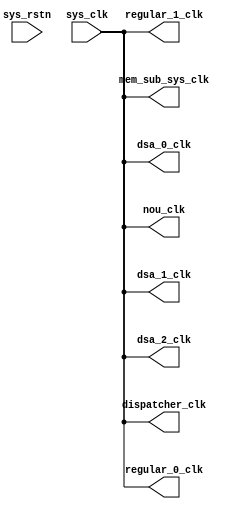
module pe_clkgen(
    dispatcher_clk,
    regular_0_clk,
    regular_1_clk,
    dsa_0_clk,
    dsa_1_clk,
    dsa_2_clk,
    nou_clk,
    mem_sub_sys_clk,
    sys_clk,
    sys_rstn
);

output dispatcher_clk;
output regular_0_clk;
output regular_1_clk;
output dsa_0_clk;
output dsa_1_clk;
output dsa_2_clk;
output nou_clk;
output mem_sub_sys_clk;
input  sys_clk;
input  sys_rstn;

//TODO, PLL/MMCM required
assign dispatcher_clk = sys_clk;   
assign regular_0_clk = sys_clk;   
assign regular_1_clk = sys_clk;   
assign dsa_0_clk = sys_clk;   
assign dsa_1_clk = sys_clk;   
assign dsa_2_clk = sys_clk;   
assign nou_clk = sys_clk;   
assign mem_sub_sys_clk = sys_clk;

endmodule